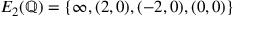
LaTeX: E _ { 2 } ( \mathbb { Q } ) = \{ \infty , ( 2 , 0 ) , ( - 2 , 0 ) , ( 0 , 0 ) \}